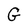
Character: G